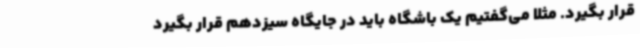
قرار بگیرد. مثلا می‌گفتیم یک باشگاه باید در جایگاه سیزدهم قرار بگیرد